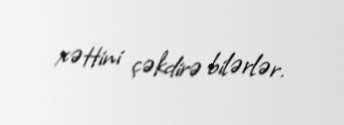
xəttini çəkdirə bilərlər.